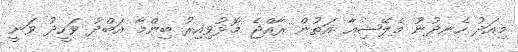
މިއަދު ހެނދުނު މެލޭޝިއާ އަތުން ރާއްޖެ މޮޅުވިއިރު ބިންމާ އަބްދު ވަހީދު ވަނީ